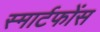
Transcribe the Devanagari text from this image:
स्मार्टफोंस